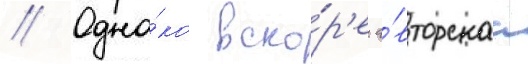
// Одна́ко вско́р'е а́вторскаа